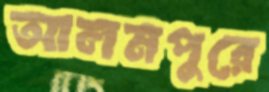
আলমপুরে